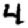
Digit: 4